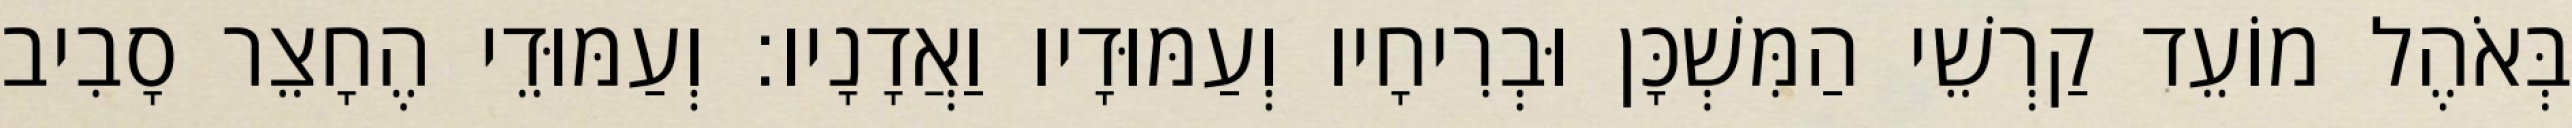
בְּאֹהֶל מוֹעֵד קַרְשֵׁי הַמִּשְׁכָּן וּבְרִיחָיו וְעַמּוּדָיו וַאֲדָנָיו׃ וְעַמּוּדֵי הֶחָצֵר סָבִיב